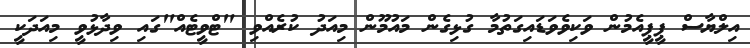
އިލްޔާސް ޕީޕީއެމުން ވަކިވެވަޑައިގަތުމާ ގުޅިގެން މައުމޫން މިއަދު ކުރެއްވި "ޓްވީޓެއް"ގައި ވިދާޅުވީ މިއަދަކީ